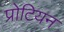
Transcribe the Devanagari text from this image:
प्रोटियन